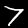
Label: 7